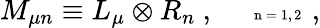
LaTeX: M_{\mu n}\equiv L_{\mu}\otimes R_{n}~,~~~~~\mathrm{\tiny~n=1,2~}~,